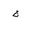
Letter: _gim